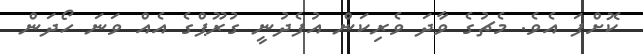
ކޮށްފަ އެވެ. މެޗުގެ ވާދަ ވެރިކަން އުފެދުނީ ގުރޫޕްގެ އެއް ވަނަ ހޯދަން